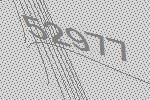
52977